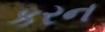
કરન